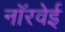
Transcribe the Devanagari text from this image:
नॉरवेई